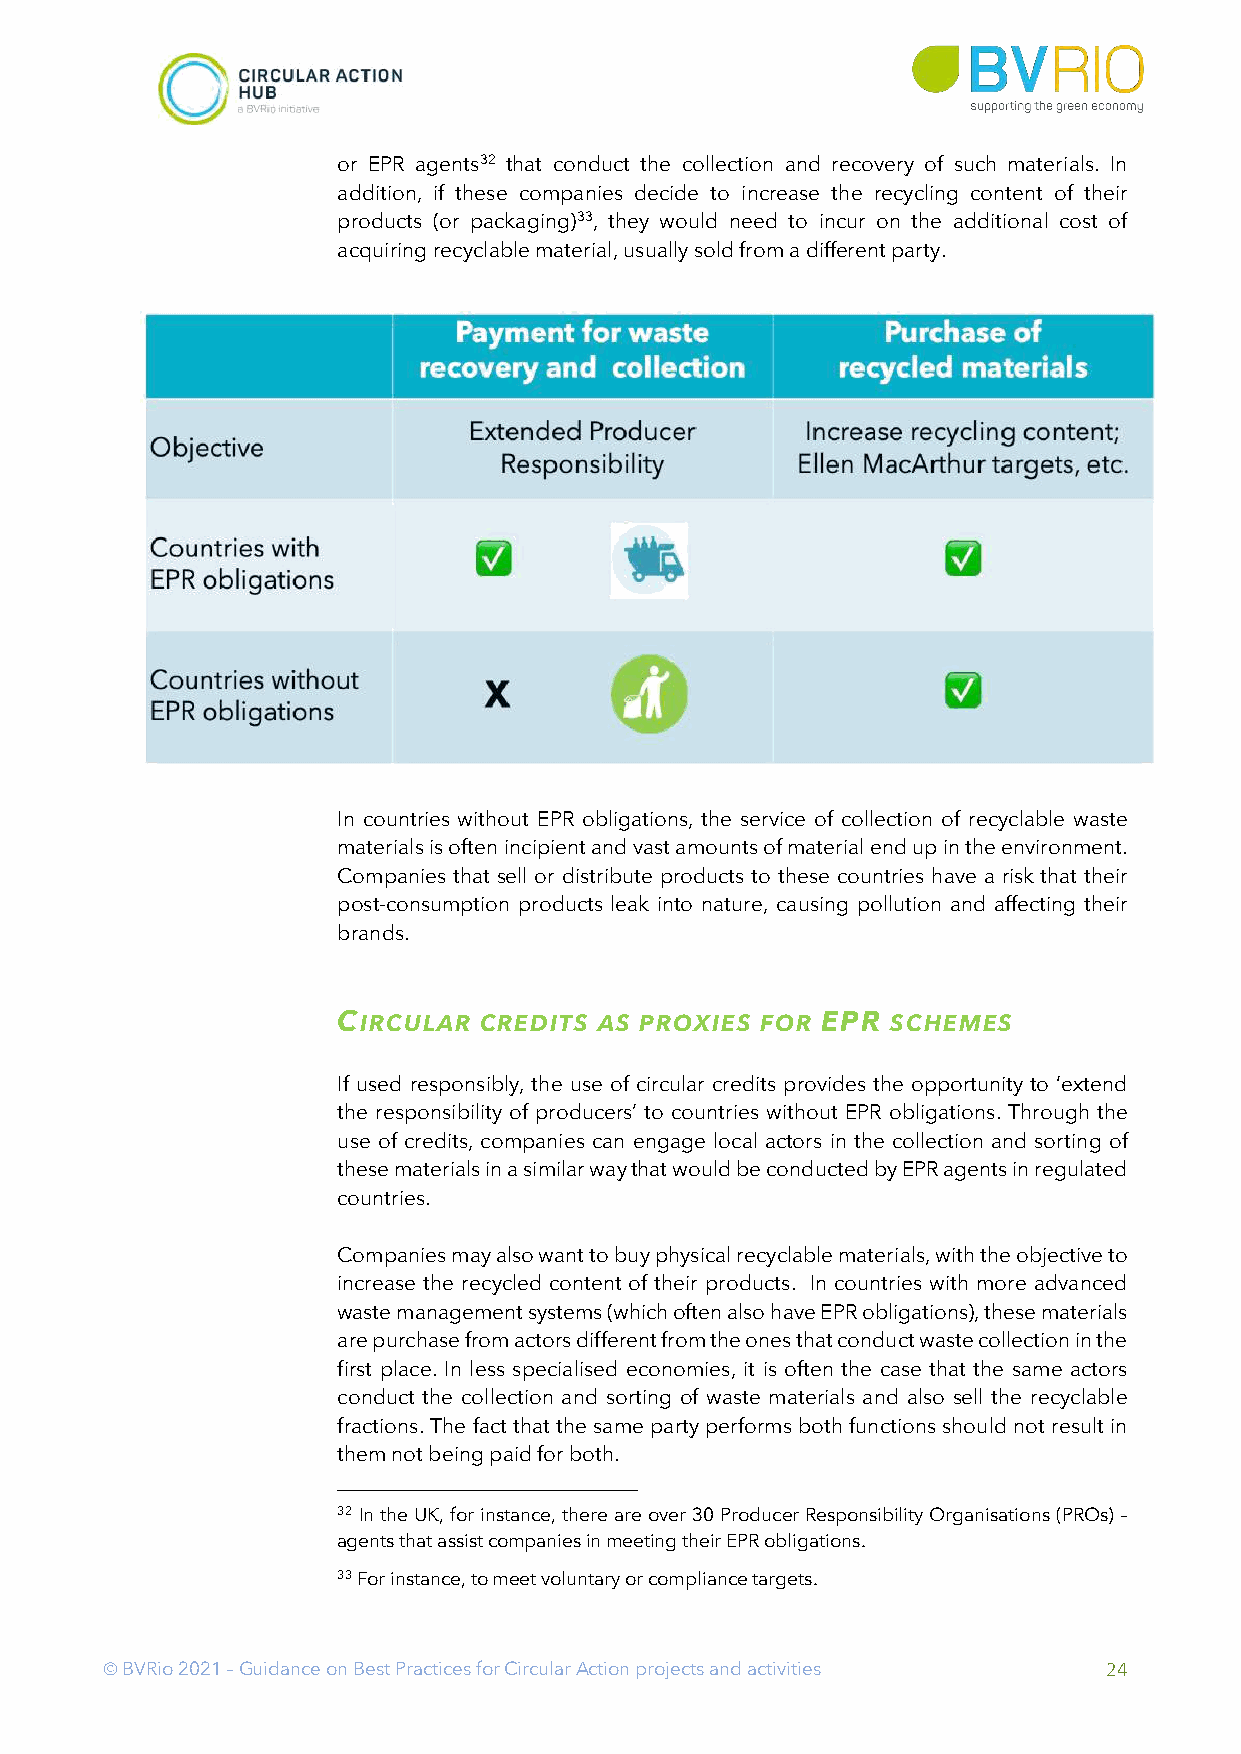
or EPR agents32 that conduct the collection and recovery of such materials. In
 addition, if these companies decide to increase the recycling content of their
 products (or packaging)33, they would need to incur on the additional cost of
 acquiring recyclable material, usually sold from a different party.
 In countries without EPR obligations, the service of collection of recyclable waste
 materials is often incipient and vast amounts of material end up in the environment.
 Companies that sell or distribute products to these countries have a risk that their
 post-consumption products leak into nature, causing pollution and affecting their
 brands.
 CIRCULAR  CREDITS AS PROXIES FOR EPR SCHEMES
 If used responsibly, the use of circular credits provides the opportunity to ‘extend
 the responsibility of producers’ to countries without EPR obligations. Through the
 use of credits, companies can engage local actors in the collection and sorting of
 these materials in a similar way that would be conducted by EPR agents in regulated
 countries.
 Companies may also want to buy physical recyclable materials, with the objective to
 increase the recycled content of their products. In countries with more advanced
 waste management systems (which often also have EPR obligations), these materials
 are purchase from actors different from the ones that conduct waste collection in the
 first place. In less specialised economies, it is often the case that the same actors
 conduct the collection and sorting of waste materials and also sell the recyclable
 fractions. The fact that the same party performs both functions should not result in
 them not being paid for both.
 32 In the UK, for instance, there are over 30 Producer Responsibility Organisations (PROs) –
 agents that assist companies in meeting their EPR obligations.
 33 For instance, to meet voluntary or compliance targets.
 Ó BVRio 2021 – Guidance on Best Practices for Circular Action projects and activities 24